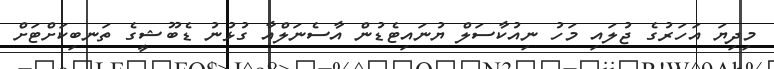
މިދިޔަ އަހަރުގެ ޖުލައި މަހު ނިއުކާސަލް ޔުނައިޓެޑުން އާސެނަލްއާ ގުޅުނު ޑެބޫޝީގެ ތަނބިކަށްޓަށް